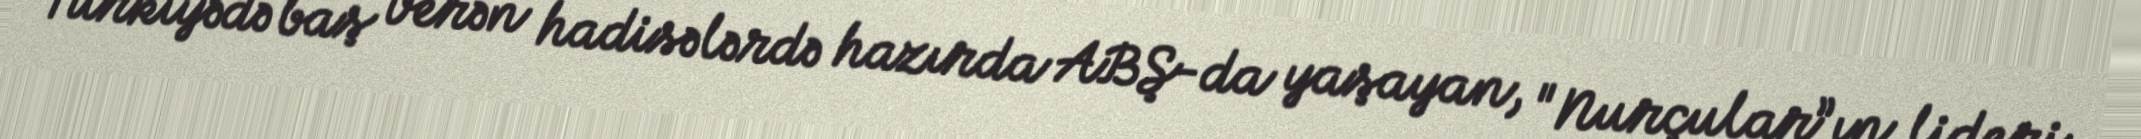
Türkiyədə baş verən hadisələrdə hazırda ABŞ-da yaşayan, "Nurçular”ın lideri